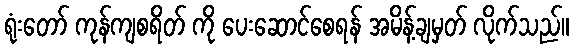
ရုံးတော် ကုန်ကျစရိတ် ကို ပေးဆောင်စေရန် အမိန့်ချမှတ် လိုက်သည်။